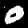
Label: 0